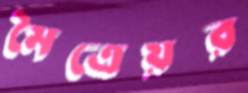
মৈত্রেয়র